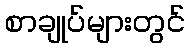
စာချုပ်များတွင်